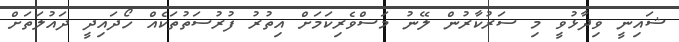
ޝައިނީ ވިދާޅުވީ މި ސަރުކާރުން ލޭނު މަސްވެރިކަމަށް އިތުރު ފުރުސަތުތަކެއް ހޯދައިދީ ދައުލަތަށް